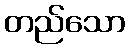
တည်သော